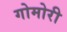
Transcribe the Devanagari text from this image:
गोमोरी